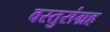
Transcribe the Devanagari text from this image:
वस्तुसंग्रह